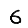
Digit: 6